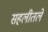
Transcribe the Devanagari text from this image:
सहलीतले